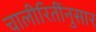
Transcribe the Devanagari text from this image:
चालीरितींनुसार